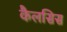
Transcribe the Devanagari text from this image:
कैलसिस